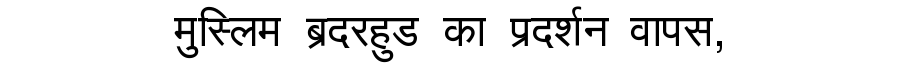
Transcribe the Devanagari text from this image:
मुस्लिम ब्रदरहुड का प्रदर्शन वापस,